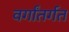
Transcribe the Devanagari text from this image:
वर्गांतर्गत